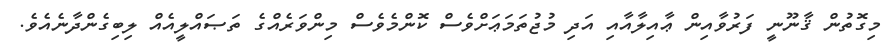
މިގޮތުން ޤާނޫނީ ފަރުވާއިން ޢާއިލާއާއި އަދި މުޖުތަމަޢަށްވެސް ކޮންމެވެސް މިންވަރެއްގެ ތަޞައްލީއެއް ލިބިގެންދާނެއެވެ.